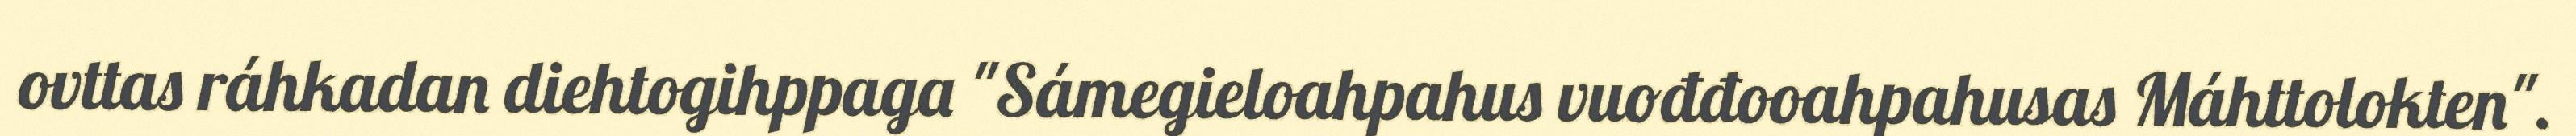
ovttas ráhkadan diehtogihppaga "Sámegieloahpahus vuođđooahpahusas Máhttolokten".